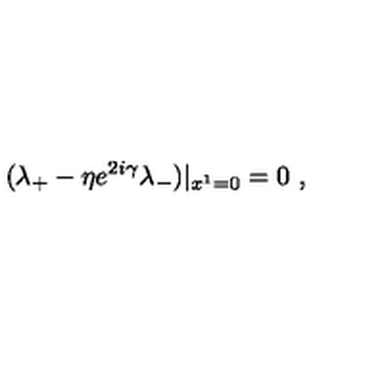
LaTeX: ( \lambda _ { + } - \eta e ^ { 2 i \gamma } \lambda _ { - } ) | _ { x ^ { 1 } = 0 } = 0 \ ,